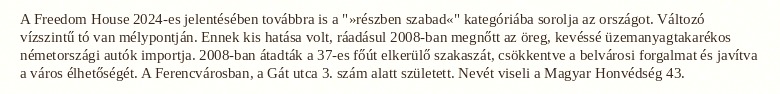
A Freedom House 2024-es jelentésében továbbra is a "»részben szabad«" kategóriába sorolja az országot. Változó vízszintű tó van mélypontján. Ennek kis hatása volt, ráadásul 2008-ban megnőtt az öreg, kevéssé üzemanyagtakarékos németországi autók importja. 2008-ban átadták a 37-es főút elkerülő szakaszát, csökkentve a belvárosi forgalmat és javítva a város élhetőségét. A Ferencvárosban, a Gát utca 3. szám alatt született. Nevét viseli a Magyar Honvédség 43.